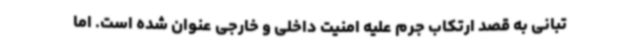
تبانی به قصد ارتکاب جرم علیه امنیت داخلی و خارجی عنوان شده است. اما